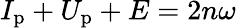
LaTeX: I_{\mathrm{p}}+U_{\mathrm{p}}+E=2n\omega